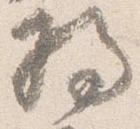
将